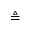
\triangleq